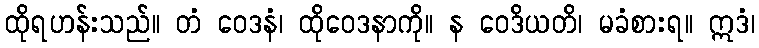
ထိုရဟန်းသည်။ တံ ဝေဒနံ၊ ထိုဝေဒနာကို။ န ဝေဒိယတိ၊ မခံစားရ။ ဣဒံ၊